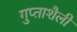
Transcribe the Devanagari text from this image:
गुप्ताशैली